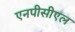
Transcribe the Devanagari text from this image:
एनपीसीएल